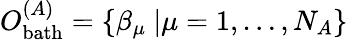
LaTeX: O_{\mathrm{bath}}^{(A)}=\{ \beta_{\mu}\ |\mu=1,\ldots,N_{A}\}